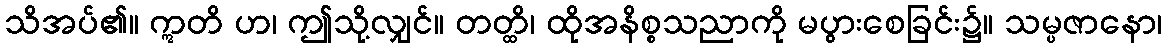
သိအပ်၏။ ဣတိ ဟ၊ ဤသို့လျှင်။ တတ္ထိ၊ ထိုအနိစ္စသညာကို မပွားစေခြင်း၌။ သမ္ပဇာနော၊